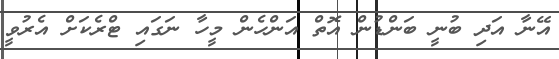
އޭނާ އަދި ބުނީ ބަންޑުން އޮތް އަންހެން މީހާ ނަގައި ޓްރެކަށް އެރުވީ